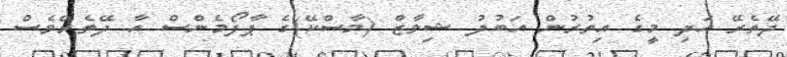
ދޭތެރޭ އަދި މީގެ އިތުރުން އަބުދު ޝިވާޒް (މާސްކޭ)ގެ ޕާފޯމެންސް އާ ދޭތެރޭވެސް